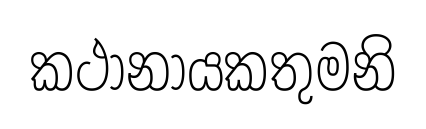
කථානායකතුමනි